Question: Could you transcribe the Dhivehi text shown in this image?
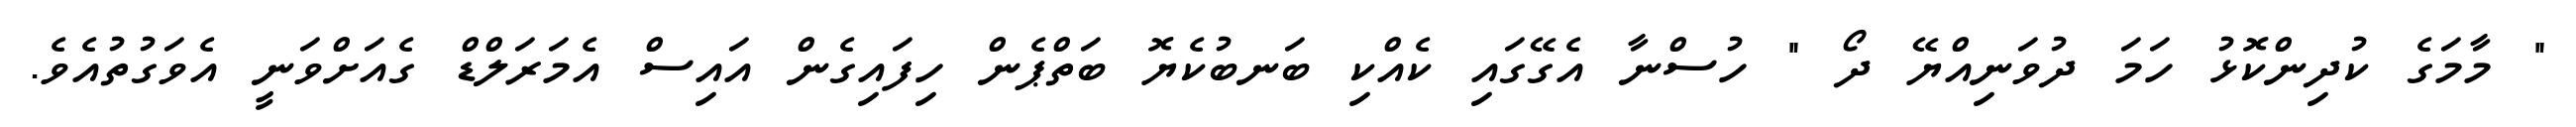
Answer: " މާމަގެ ކުދިންކޮޅު ހަމަ ދުވަނިއްޔޭ ދޯ " ހުސްނާ އެގޭގައި ކެއްކި ބަނބުކެޔޮ ބަތްޕެން ހިފައިގެން އައިސް އެމަރަލްޑް ގެއަށްވަނީ އެވަގުތުއެވެ.